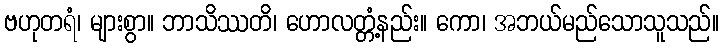
ဗဟုတရံ၊ များစွာ။ ဘာသိဿတိ၊ ဟောလတ္တံ့နည်း။ ကော၊ အဘယ်မည်သောသူသည်။